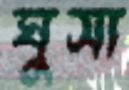
ঘুসা